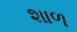
શાળ